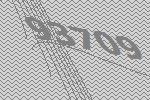
93709